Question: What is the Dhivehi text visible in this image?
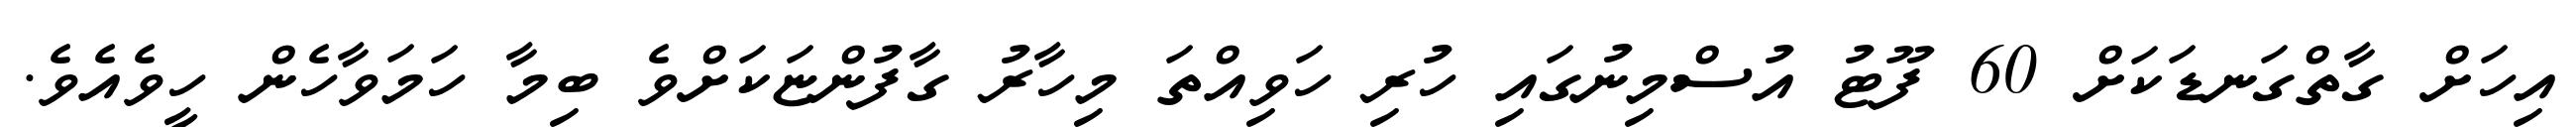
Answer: އިހަށް ގާތްގަނޑަކަށް 60 ފޫޓު އުސްމިނުގައި ހުރި ހަވިއްތަ މިހާރު ގާފުންޏަކަށްވެ ބިމާ ހަމަވާހެން ހީވެއެވެ.